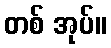
တစ် အုပ်။